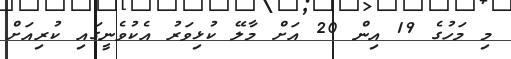
މި މަހުގެ 19 އިން 20 އަށް މާލޭ ކުޅިވަރު އެކުވެނީގައި ކުރިއަށް